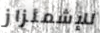
للإشمئزاز